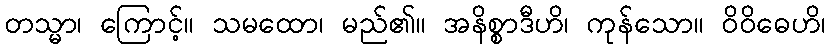
တသ္မာ၊ ကြောင့်။ သမထော၊ မည်၏။ အနိစ္စာဒီဟိ၊ ကုန်သော။ ဝိဝိဓေဟိ၊